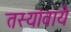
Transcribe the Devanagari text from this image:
तस्यांवाये